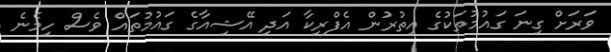
ވަރަށް ގިނަ ގައުމުތަކުގެ އިތުރުން އެފްރިކާ އަދި އޭޝިއާގެ ގައުމުތައް ވެސް ހިމެނެ